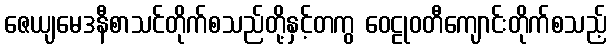
ဇေယျမေဒနီစာသင်တိုက်စသည်တို့နှင့်တကွ ဝေဠုဝတီကျောင်းတိုက်စသည့်